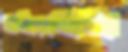
টাটিয়েছিলি